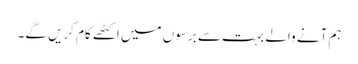
ہم آنے والے بہت سے برسوں میں اکٹھے کام کریں گے۔